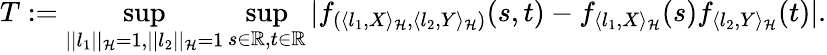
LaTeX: T:=\operatorname*{sup}_{||l_{1}||_{{\cal{H}}}=1,||l_{2}||_{{\cal{H}}}=1}\operatorname*{sup}_{s\in\mathbb{R},t\in\mathbb{R}}|f_{(\langle l_{1},X\rangle_{{\cal{H}}},\langle l_{2},Y\rangle_{{\cal{H}}})}(s,t)-f_{\langle l_{1},X\rangle_{{\cal{H}}}}(s)f_{\langle l_{2},Y\rangle_{{\cal{H}}}}(t)|.